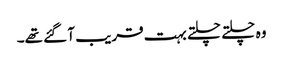
وہ چلتے چلتے بہت قریب آ گئے تھے۔